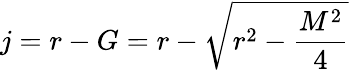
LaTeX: {}j=r-G=r-{\sqrt{r^{2}-{\frac{M^{2}}{4}}}}